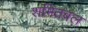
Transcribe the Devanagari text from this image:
शमितबल